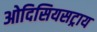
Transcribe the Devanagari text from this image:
ओदिसियसट्राय